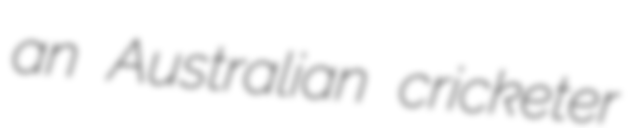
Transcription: an Australian cricketer